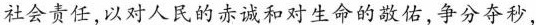
社会责任，以对人民的赤诚和对生命的敬佑，争分夺秒，